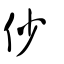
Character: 仯